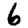
Digit: 6